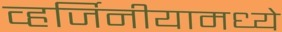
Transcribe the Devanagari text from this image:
व्हर्जिनीयामध्ये